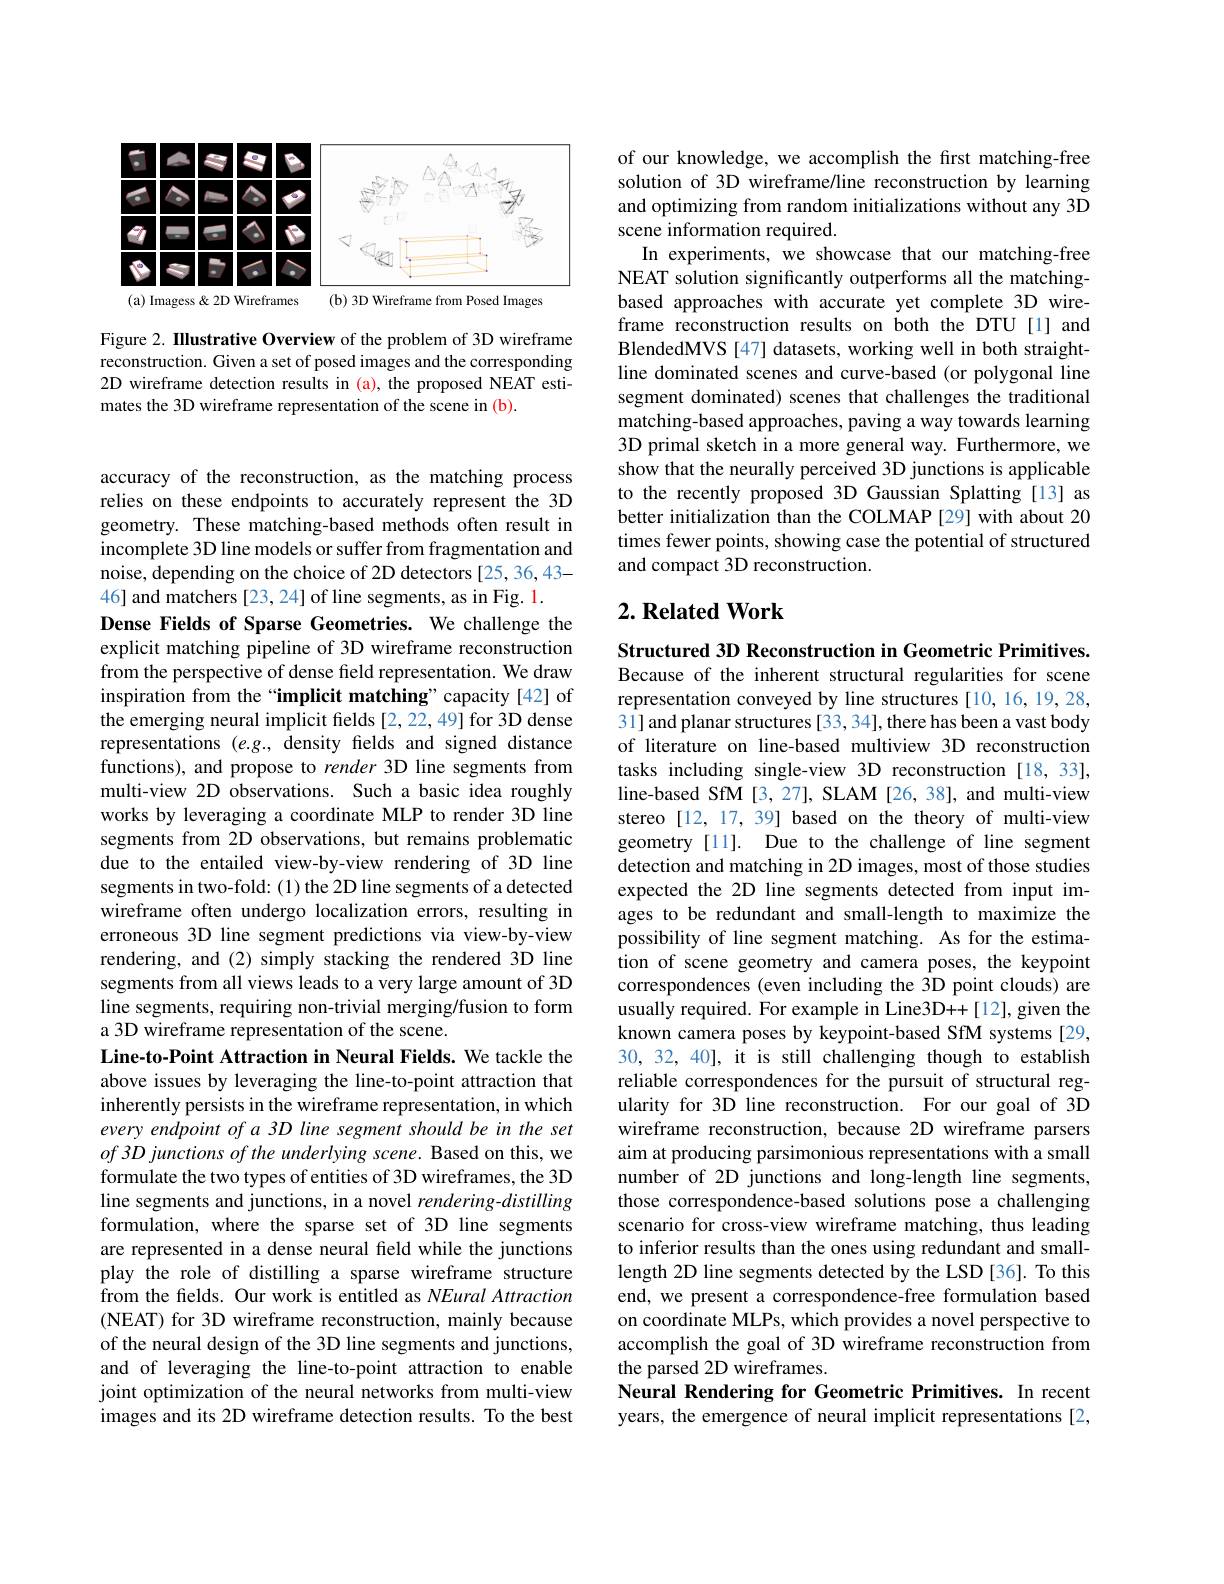
<FigureHere>

Figure 2. Illustrative Overview of the problem of 3D wireframe reconstruction. Given a set of posed images and the corresponding 2D wireframe detection results in (a), the proposed NEAT estimates the 3D wireframe representation of the scene in (b).

accuracy of the reconstruction, as the matching process relies on these endpoints to accurately represent the 3D geometry. These matching-based methods often result in incomplete 3D line models or suffer from fragmentation and noise, depending on the choice of 2D detectors [25,36,43- 46] and matchers [23, 24] of line segments, as in Fig. 1.
Dense Fields of Sparse Geometries. We challenge the explicit matching pipeline of 3D wireframe reconstruction from the perspective of dense feld representation. We draw inspiration from the“implicit matching”capacity[42] of the emerging neural implicit fields [2,22,49] for 3D dense representations $(e.g.$, density felds and signed distance functions), and propose to render 3D line segments from multi-view 2D observations. Such a basic idea roughly works by leveraging a coordinate MLP to render 3D line segments from 2D observations, but remains problematic due to the entailed view-by-view rendering of 3D line segments in two-fold: (1) the 2D line segments of a detected wireframe often undergo localization errors, resulting in erroneous 3D line segment predictions via view-by-view rendering, and (2) simply stacking the rendered 3D line segments from all views leads to a very large amount of 3D line segments, requiring non-trivial merging/fusion to form a 3D wireframe representation of the scene.
Line-to-Point Attraction in Neural Fields. We tackle the above issues by leveraging the line-to-point attraction that inherently persists in the wireframe representation, in which every endpoint of a 3D line segment should be in the set of 3D junctions of the underlying scene. Based on this, we formulate the two types of entities of 3D wireframes, the 3D line segments and junctions, in a novel rendering-distilling formulation, where the sparse set of 3D line segments are represented in a dense neural field while the junctions play the role of distilling a sparse wireframe structure from the felds. Our work is entitled as NEural Attraction ( NEAT) for 3D wireframe reconstruction, mainly because of the neural design of the 3D line segments and junctions, and of leveraging the line-to-point attraction to enable joint optimization of the neural networks from multi-view images and its 2D wireframe detection results. To the best

of our knowledge, we accomplish the first matching-free solution of 3D wireframe/line reconstruction by learning and optimizing from random initializations without any 3D scene information required.
In experiments, we showcase that our matching-free NEAT solution significantly outperforms all the matchingbased approaches with accurate yet complete 3D wireframe reconstruction results on both the DTU[1] and BlendedMVS [47] datasets, working well in both straightline dominated scenes and curve-based (or polygonal line segment dominated) scenes that challenges the traditional matching-based approaches, paving a way towards learning 3D primal sketch in a more general way. Furthermore, we show that the neurally perceived 3D junctions is applicable to the recently proposed 3D Gaussian Splatting [13] as better initialization than the COLMAP [29] with about 20 times fewer points, showing case the potential of structured and compact 3D reconstruction.

### $2. \textbf{Related Work}$

Structured 3D Reconstruction in Geometric Primitives. Because of the inherent structural regularities for scene representation conveyed by line structures [10,16,19,28, 31] and planar structures [33, 34], there has been a vast body of literature on line-based multiview 3D reconstruction tasks including single-view 3D reconstruction [18,33], line-based SfM [3,27], SLAM [26, 38], and multi-view stereo [12, 17, 39] based on the theory of multi-view geometry [11]. Due to the challenge of line segment detection and matching in 2D images, most of those studies expected the 2D line segments detected from input images to be redundant and small-length to maximize the possibility of line segment matching. As for the estimation of scene geometry and camera poses, the keypoint correspondences (even including the 3D point clouds) are usually required. For example in Line3D++[12], given the known camera poses by keypoint-based SfM systems [29, 30, 32, 40], it is still challenging though to establish reliable correspondences for the pursuit of structural regularity for 3D line reconstruction. For our goal of 3D wireframe reconstruction, because 2D wireframe parsers aim at producing parsimonious representations with a small number of 2D junctions and long-length line segments, those correspondence-based solutions pose a challenging scenario for cross-view wireframe matching, thus leading to inferior results than the ones using redundant and smalllength 2D line segments detected by the LSD[36]. To this end, we present a correspondence-free formulation based on coordinate MLPs, which provides a novel perspective to accomplish the goal of 3D wireframe reconstruction from the parsed 2D wireframes.
Neural Rendering for Geometric Primitives. In recent years, the emergence of neural implicit representations [2,